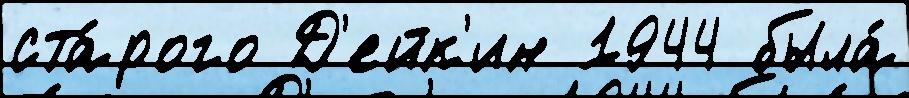
ста́рого Д'ейк'ин 1944 была́